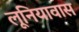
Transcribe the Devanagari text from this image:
लूनियावास